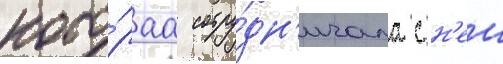
кото́раа сотру́дн'ичала с н'еи